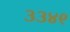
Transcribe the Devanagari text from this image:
३३४९